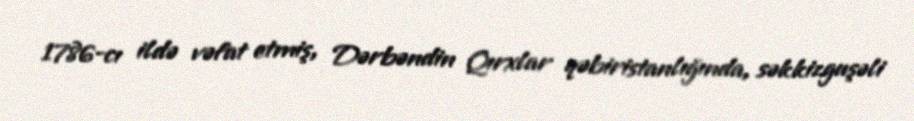
1786-cı ildə vəfat etmiş, Dərbəndin Qırxlar qəbiristanlığında, səkkizguşəli